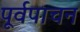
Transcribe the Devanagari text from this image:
पूर्वपाचन